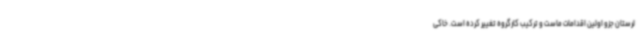
لرستان جزو اولین اقدامات ماست و ترکیب کارگروه تغییر کرده است. خاکی